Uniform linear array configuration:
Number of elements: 64
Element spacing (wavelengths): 0.25
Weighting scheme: binomial
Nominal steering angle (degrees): -30
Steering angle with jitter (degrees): -29.339
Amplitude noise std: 0.05
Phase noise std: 0.05

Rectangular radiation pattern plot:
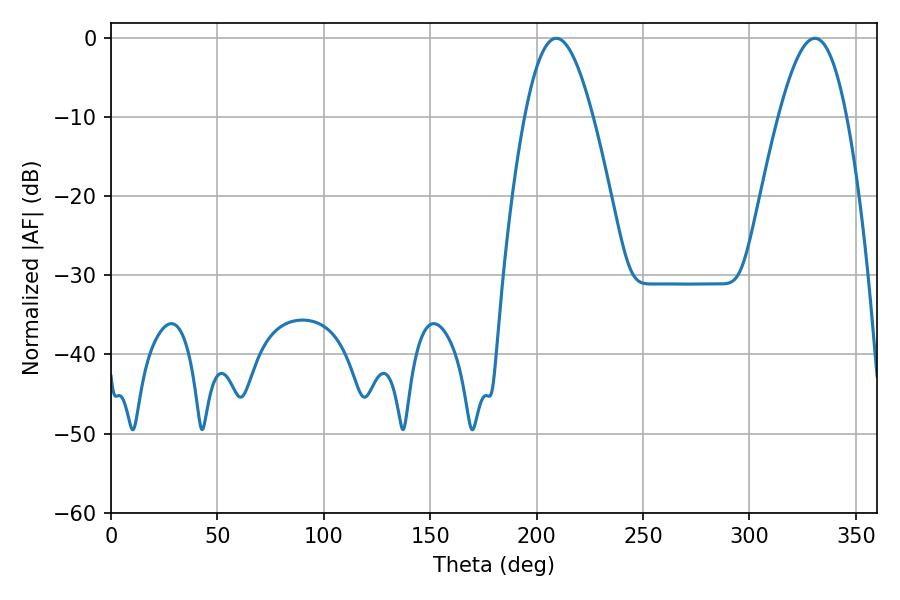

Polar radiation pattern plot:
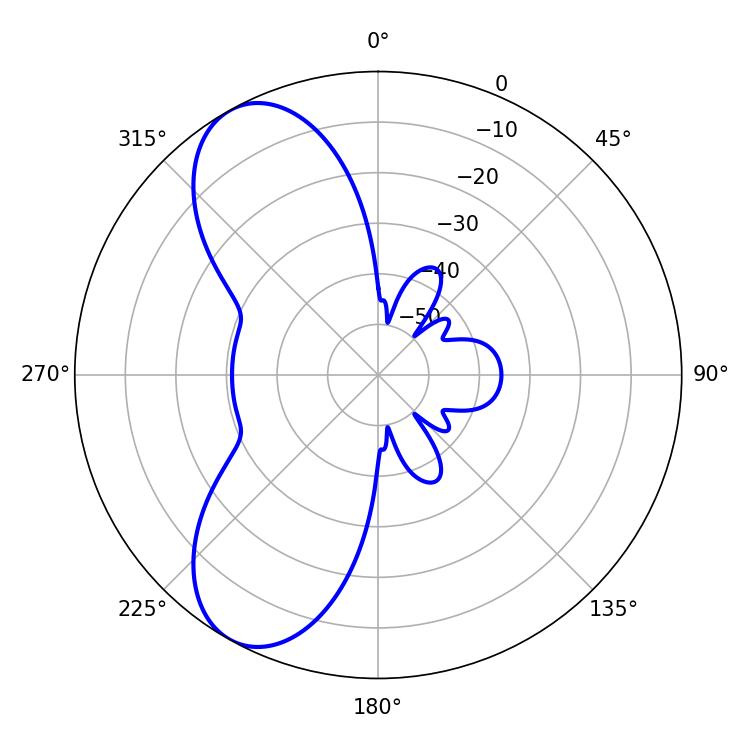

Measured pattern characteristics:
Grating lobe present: FALSE
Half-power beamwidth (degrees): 17.46
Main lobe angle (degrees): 209.16